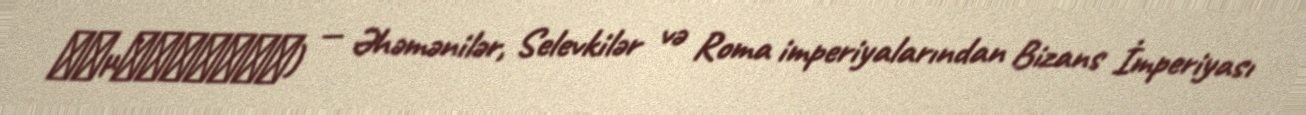
Ρωμανιῶτες) — Əhəmənilər, Selevkilər və Roma imperiyalarından Bizans İmperiyası